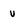
Character: v